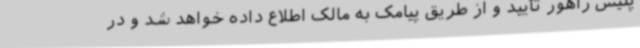
پلیس راهور تأیید و از طریق پیامک به مالک اطلاع داده خواهد شد و در